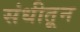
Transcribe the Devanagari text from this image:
संधीतून